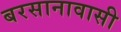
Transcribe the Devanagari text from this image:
बरसानावासी